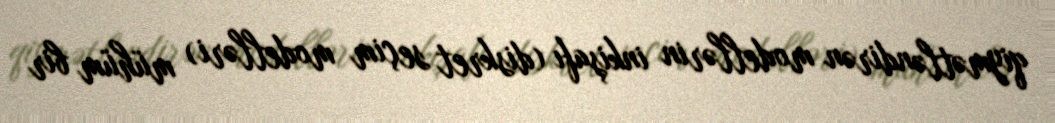
qiymətləndirən modellərin inkişafı (diskret seçim modelləri) mühüm bir